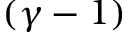
( \gamma - 1 )